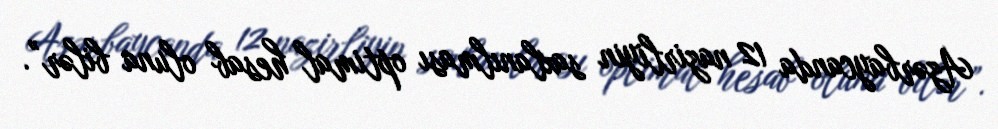
Azərbaycanda 12 nazirliyin saxlanılması optimal hesab oluna bilər”.